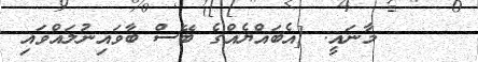
މާނައީ: [އެބައްޔެއްގެ ބޭސް ބާވައިނުލައްވައި